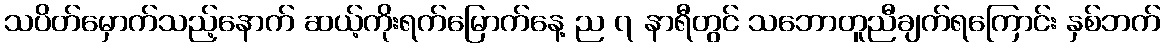
သပိတ်မှောက်သည့်နောက် ဆယ့်ကိုးရက်မြောက်နေ့ ည ၇ နာရီတွင် သဘောတူညီချက်ရကြောင်း နှစ်ဘက်